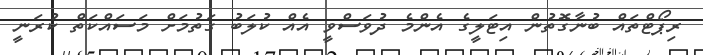
ރިޕޯޓްތައް ބުނާގޮތުން އިޓަލީގެ އެންމެ ދުވަސްވީ އެއް ކުލަބު ގަތުމަށް މަސައްކަތް ކުރަނީ